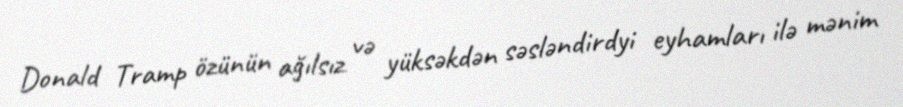
Donald Tramp özünün ağılsız və yüksəkdən səsləndirdyi eyhamları ilə mənim